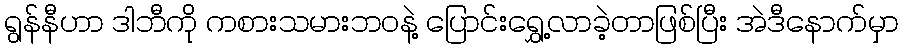
ရွန်နီဟာ ဒါဘီကို ကစားသမားဘ၀နဲ့ ပြောင်းရွှေ့လာခဲ့တာဖြစ်ပြီး အဲဒီနောက်မှာ